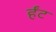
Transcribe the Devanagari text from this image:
र्हँट